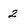
Character: 2